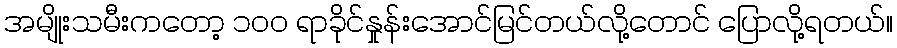
အမျိုးသမီးကတော့ ၁၀၀ ရာခိုင်နှုန်းအောင်မြင်တယ်လို့တောင် ပြောလို့ရတယ်။